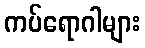
ကပ်ရောဂါများ